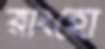
রাংহো